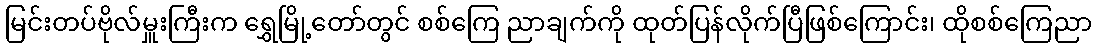
မြင်းတပ်ဗိုလ်မှူးကြီးက ရွှေမြို့တော်တွင် စစ်ကြေ ညာချက်ကို ထုတ်ပြန်လိုက်ပြီဖြစ်ကြောင်း၊ ထိုစစ်ကြေညာ